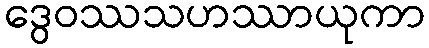
ဒွေဝဿသဟဿာယုကာ